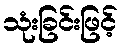
သုံးခြင်းဖြင့်